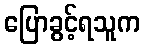
ပြောခွင့်ရသူက